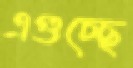
এগুচ্ছে